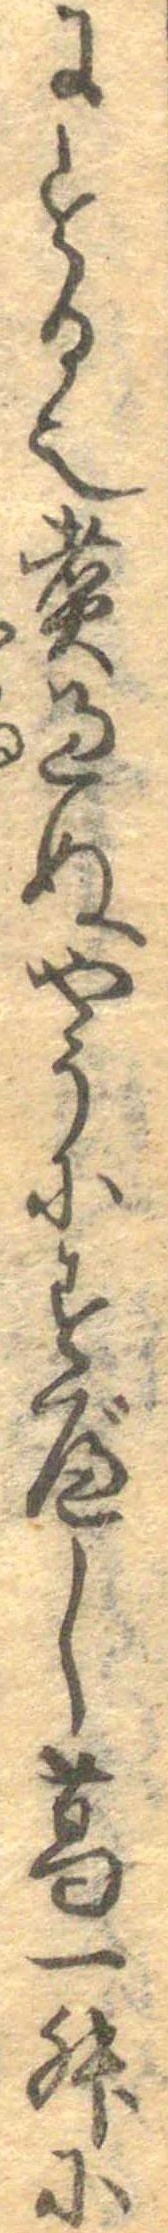
にする也煮過ぬやうにすべし葛一升に